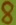
Text: 8